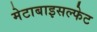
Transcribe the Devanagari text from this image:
मेटाबाइसल्फेट